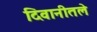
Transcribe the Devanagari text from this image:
दिवानीतले